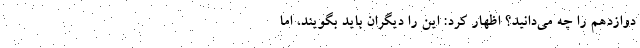
دوازدهم را چه می‌دانید؟ اظهار کرد: این را دیگران باید بگویند، اما